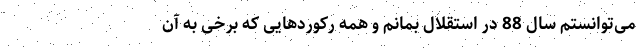
می‌توانستم سال 88 در استقلال بمانم و همه رکوردهایی که برخی به آن